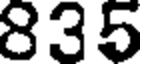
835